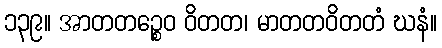
၁၃၉။ အာတတဉ္စေဝ ဝိတတ၊ မာတတဝိတတံ ဃနံ။